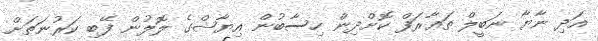
އަދި ނާޔާ ނަބީލް ތަޢާރަފް ކޮށްދިން ހިސާބުން އިޔާޝްގެ ލޮލުން ފޭބި ކަރުނަތަށް